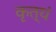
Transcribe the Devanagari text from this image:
कृत्यं